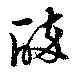
酔